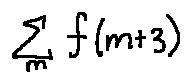
\sum \limits _ { m } f ( m + 3 )